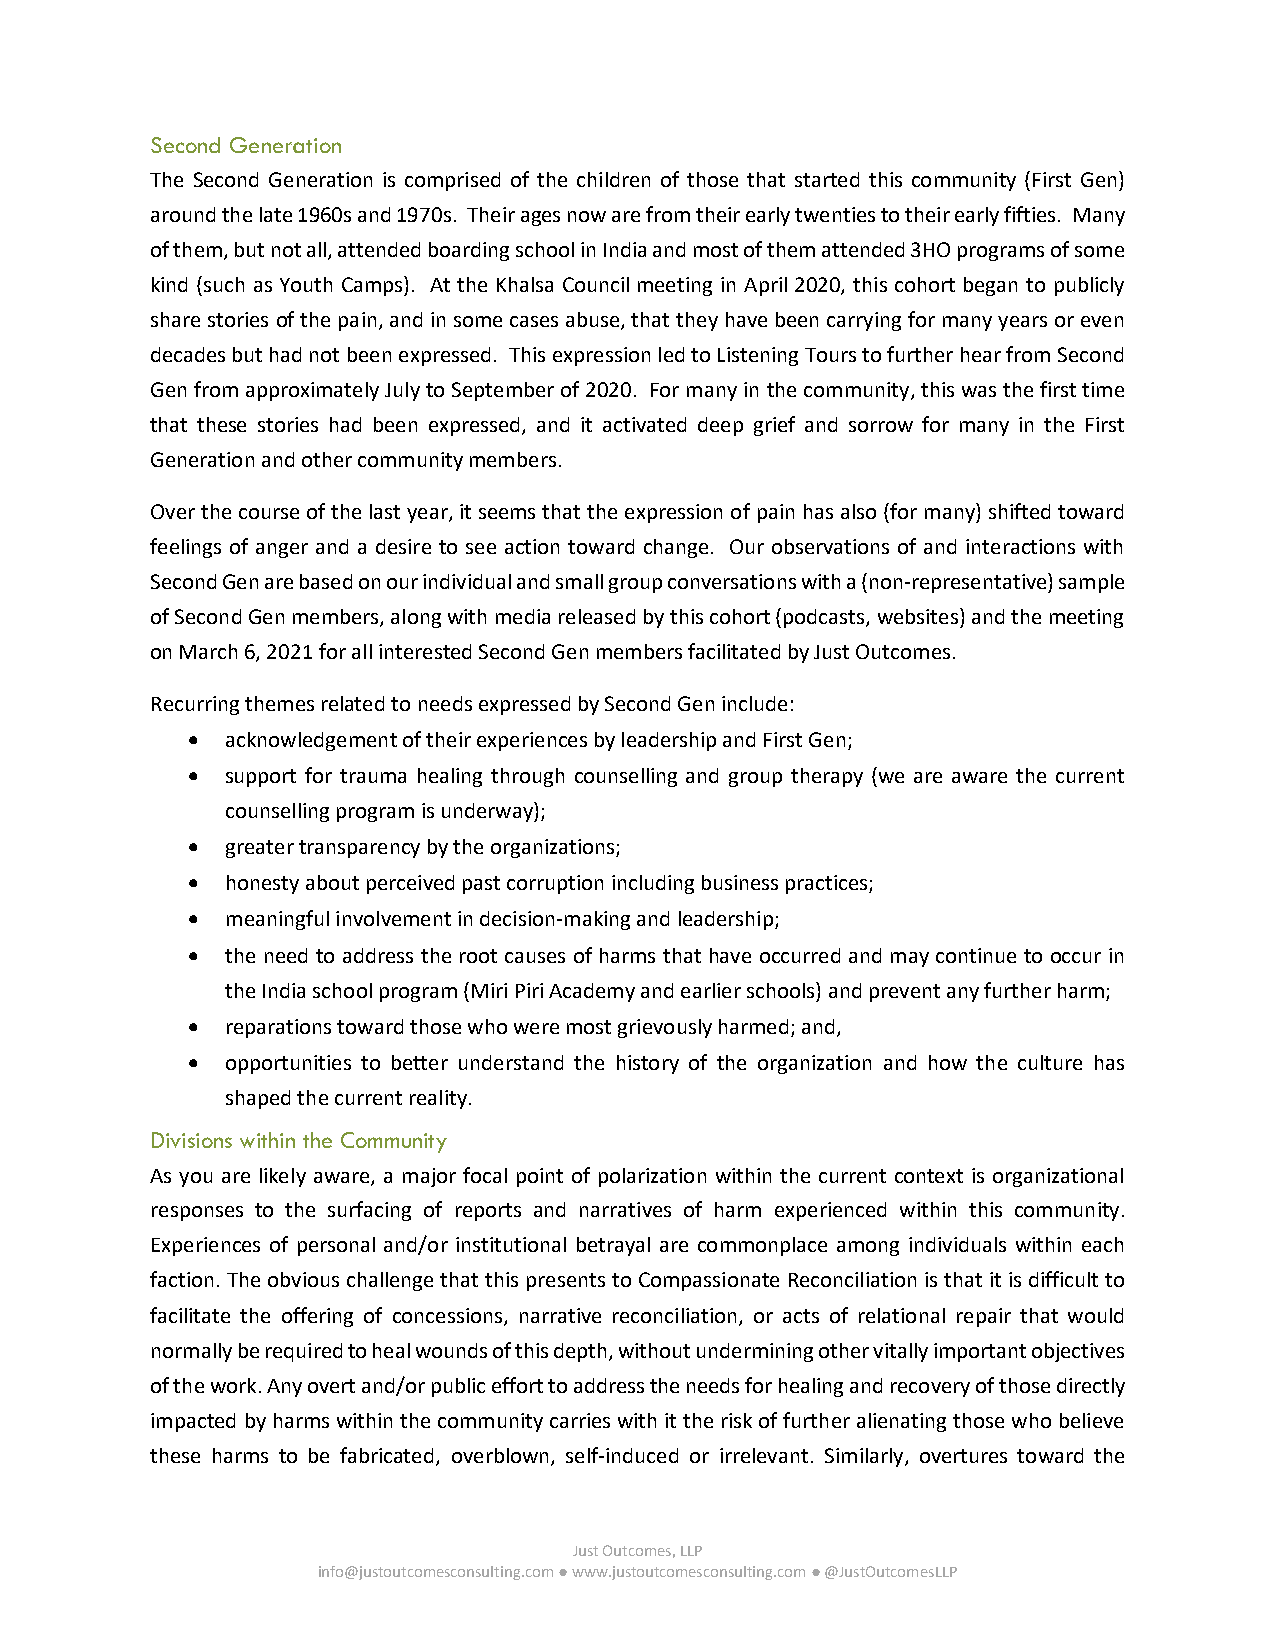
Second Generation
 The Second Generation is comprised of the children of those that started this community (First Gen)
 around the late 1960s and 1970s. Their ages now are from their early twenties to their early fifties. Many
 of them, but not all, attended boarding school in India and most of them attended 3HO programs of some
 kind (such as Youth Camps). At the Khalsa Council meeting in April 2020, this cohort began to publicly
 share stories of the pain, and in some cases abuse, that they have been carrying for many years or even
 decades but had not been expressed. This expression led to Listening Tours to further hear from Second
 Gen from approximately July to September of 2020. For many in the community, this was the first time
 that these stories had been expressed, and it activated deep grief and sorrow for many in the First
 Generation and other community members.
 Over the course of the last year, it seems that the expression of pain has also (for many) shifted toward
 feelings of anger and a desire to see action toward change. Our observations of and interactions with
 Second Gen are based on our individual and small group conversations with a (non-representative) sample
 of Second Gen members, along with media released by this cohort (podcasts, websites) and the meeting
 on March 6, 2021 for all interested Second Gen members facilitated by Just Outcomes.
 Recurring themes related to needs expressed by Second Gen include:
 •  acknowledgement of their experiences by leadership and First Gen;
 •  support for trauma healing through counselling and group therapy (we are aware the current
 counselling program is underway);
 •  greater transparency by the organizations;
 •  honesty about perceived past corruption including business practices;
 •  meaningful involvement in decision-making and leadership;
 •  the need to address the root causes of harms that have occurred and may continue to occur in
 the India school program (Miri Piri Academy and earlier schools) and prevent any further harm;
 •  reparations toward those who were most grievously harmed; and,
 •  opportunities to better understand the history of the organization and how the culture has
 shaped the current reality.
 Divisions within the Community
 As you are likely aware, a major focal point of polarization within the current context is organizational
 responses to the surfacing of reports and narratives of harm experienced within this community.
 Experiences of personal and/or institutional betrayal are commonplace among individuals within each
 faction. The obvious challenge that this presents to Compassionate Reconciliation is that it is difficult to
 facilitate the offering of concessions, narrative reconciliation, or acts of relational repair that would
 normally be required to heal wounds of this depth, without undermining other vitally important objectives
 of the work. Any overt and/or public effort to address the needs for healing and recovery of those directly
 impacted by harms within the community carries with it the risk of further alienating those who believe
 these harms to be fabricated, overblown, self-induced or irrelevant. Similarly, overtures toward the
 Just Outcomes, LLP
 info@justoutcomesconsulting.com ● www.justoutcomesconsulting.com ● @JustOutcomesLLP